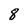
Character: 8